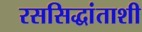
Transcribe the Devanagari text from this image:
रससिद्धांताशी